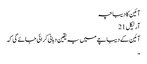
آئین کا دیباچہ
آرٹیکل 21
آئین کے دیباچے میں یہ یقین دہانی کرائی جائے گی کہ
۔